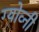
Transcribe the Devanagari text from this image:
ग्योव्नी